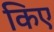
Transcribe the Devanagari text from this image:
किए